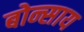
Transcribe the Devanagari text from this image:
बोन्साय